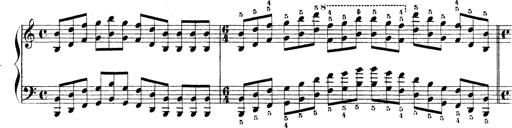
Title: Technische Studien
Composer: Franz Liszt